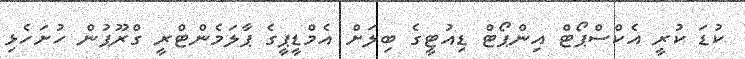
ކުޑަ ކުރީ އެކްސްޕޯޓް އިންޕޯޓް ޑިއުޓީގެ ބިލަށް އެމްޑީޕީގެ ޕާލަމެންޓްރީ ގްރޫޕުން ހުށަހެޅި